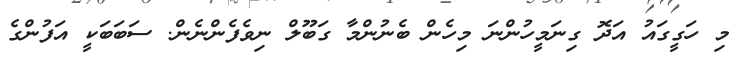
މި ހަގީގައު އަދޮ ގިނަމީހުންނަ މިހެން ބެނުންމާ ގަބޫލް ނިވެފެންނެން. ސަބަބަކީ އަފުންގެ